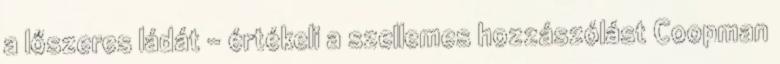
a lőszeres ládát - értékeli a szellemes hozzászólást Coopman